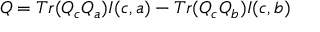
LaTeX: Q = T r ( Q _ { c } Q _ { a } ) I ( c , a ) - T r ( Q _ { c } Q _ { b } ) I ( c , b )